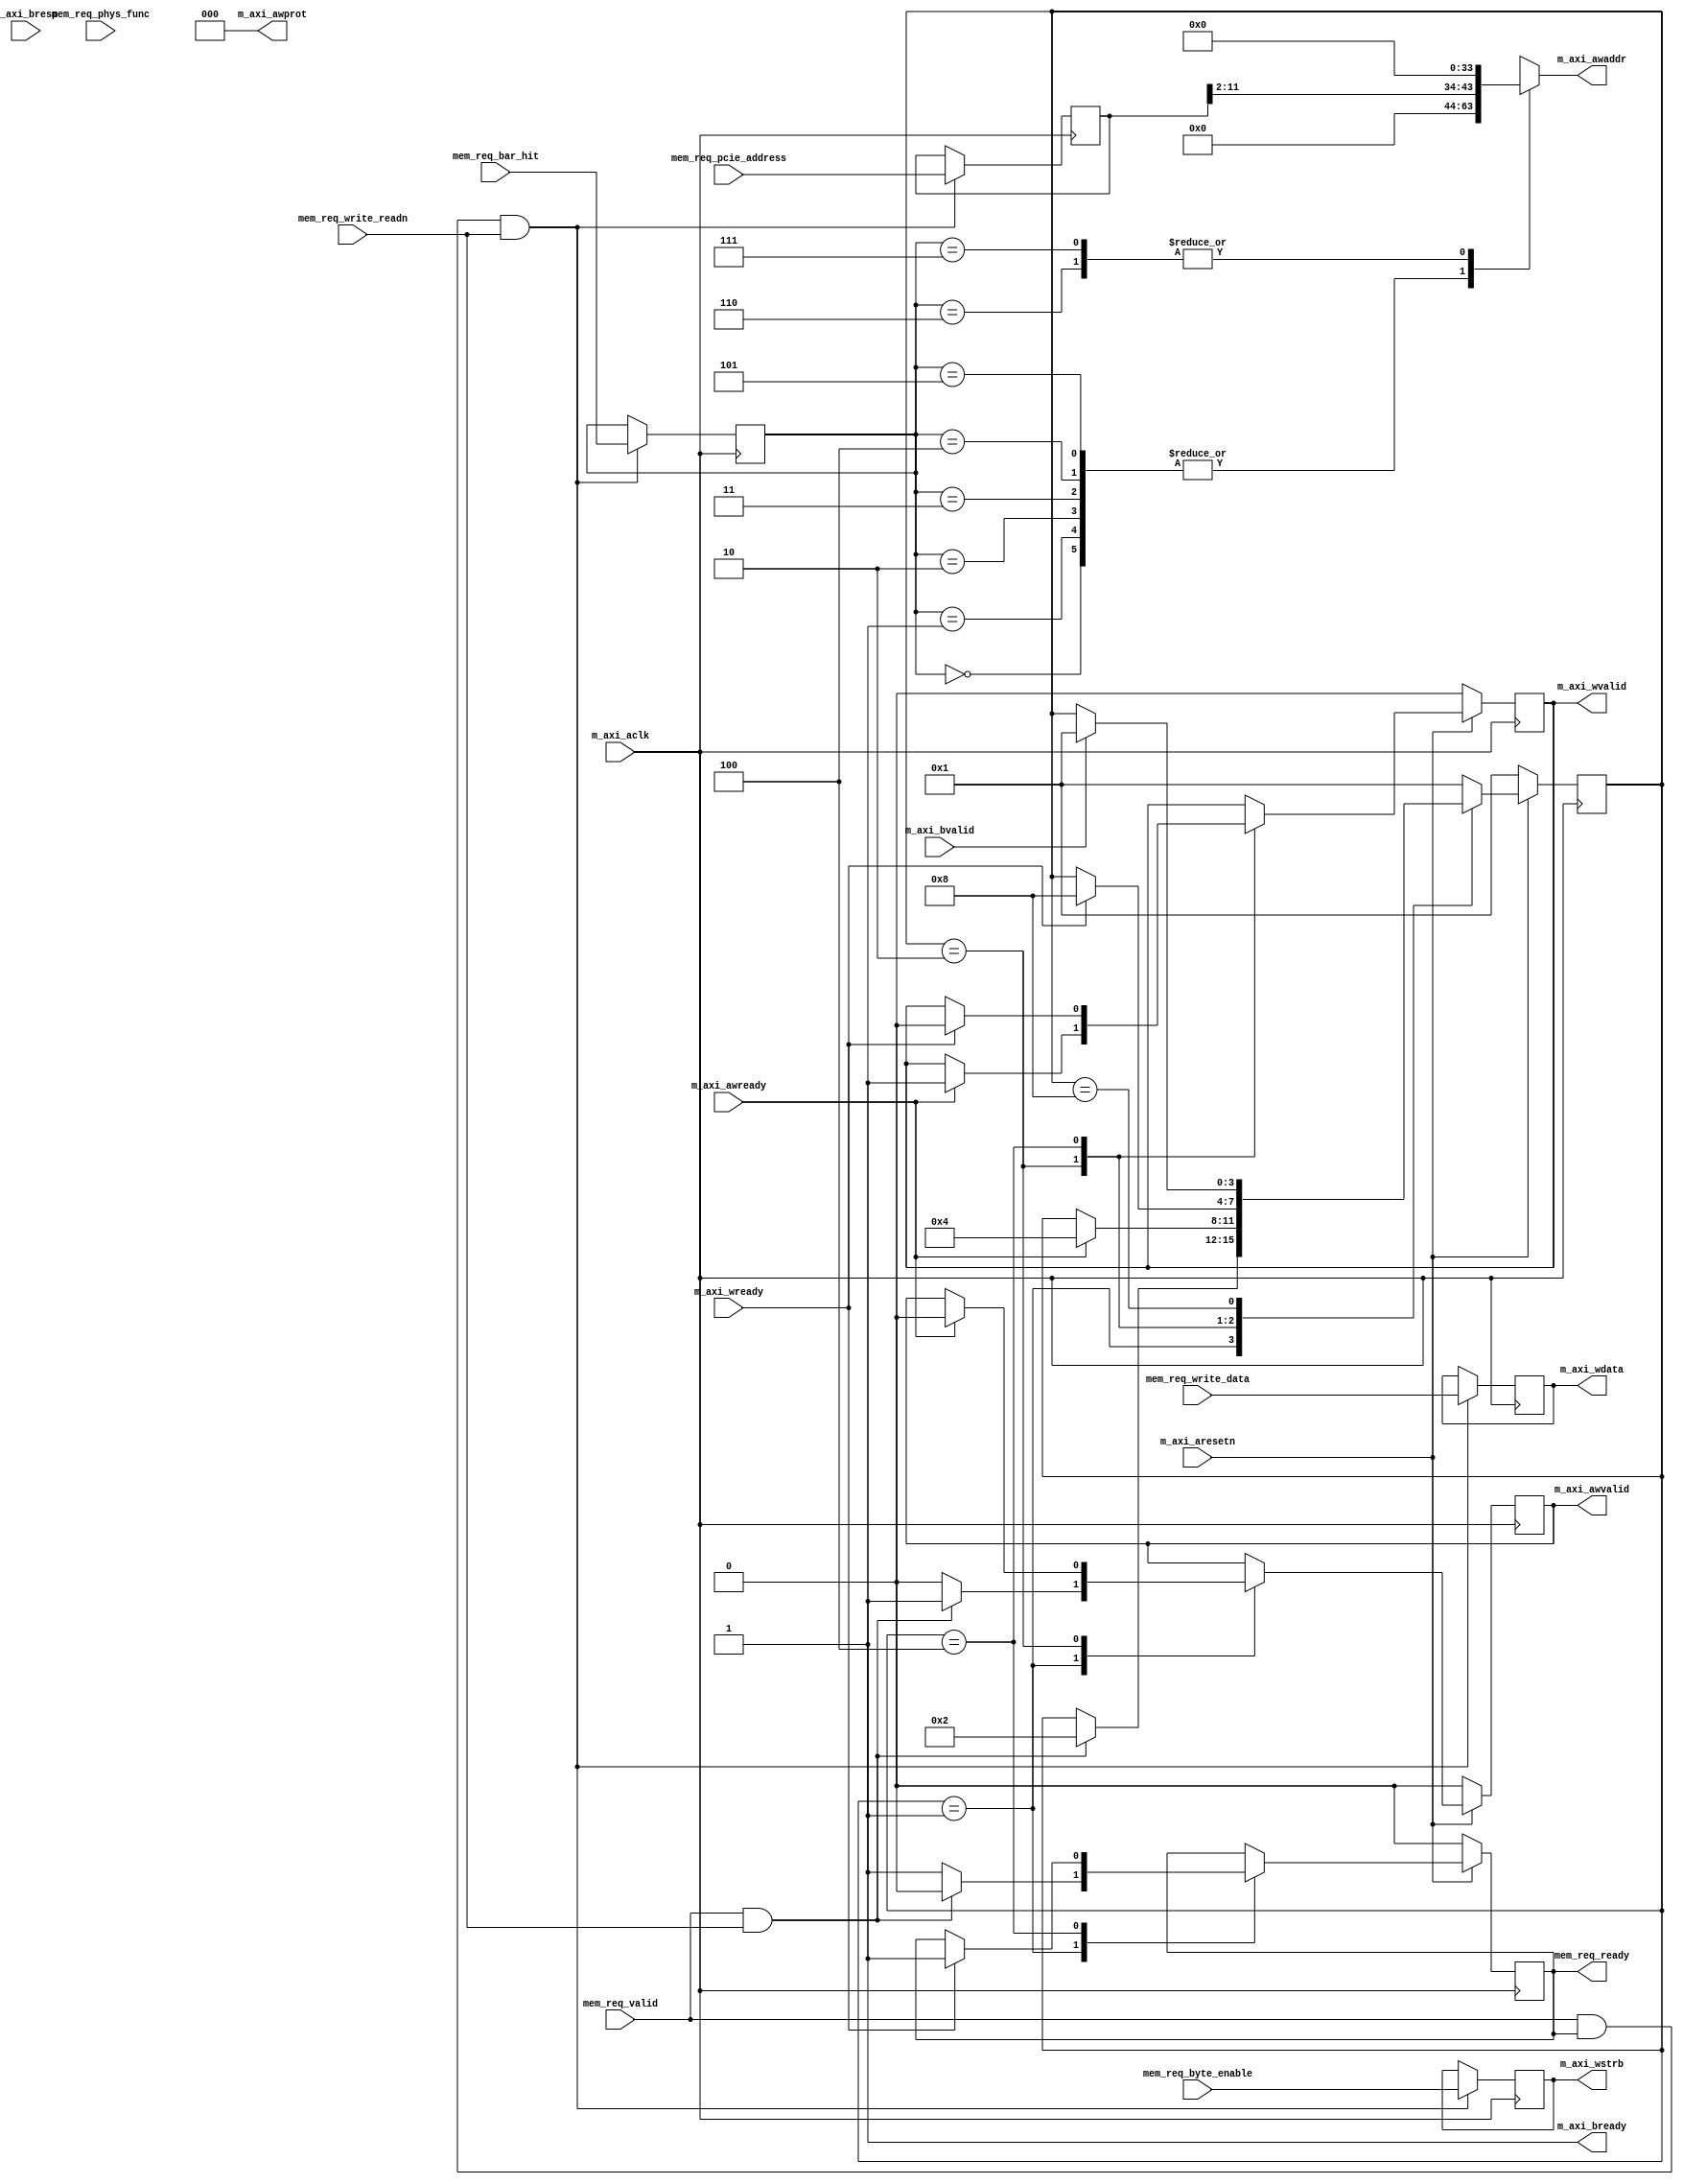
`timescale 1ns / 1ps
//////////////////////////////////////////////////////////////////////////////////
// Company: 
// Engineer: 
// 
// Design Name: 
// Module Name: axi_write_controller
// Project Name: 
// Target Devices: 
// Tool Versions: 
// Description: 
// 
// Dependencies: 
// 
// Revision:
// Revision 0.01 - File Created
// Additional Comments:
// 
//////////////////////////////////////////////////////////////////////////////////


module axi_write_controller# (
  parameter TCQ                        = 1, 
  parameter M_AXI_TDATA_WIDTH          = 32,
  parameter M_AXI_ADDR_WIDTH           = 32,
  parameter M_AXI_IDWIDTH              = 5,
  parameter  BAR0AXI                   = 64'h00000000,
  parameter  BAR1AXI                   = 64'h00000000,
  parameter  BAR2AXI                   = 64'h00000000,
  parameter  BAR3AXI                   = 64'h00000000,
  parameter  BAR4AXI                   = 64'h00000000,
  parameter  BAR5AXI                   = 64'h00000000, 
  parameter  BAR0SIZE                  = 12,
  parameter  BAR1SIZE                  = 12,
  parameter  BAR2SIZE                  = 12,
  parameter  BAR3SIZE                  = 12,
  parameter  BAR4SIZE                  = 12,
  parameter  BAR5SIZE                  = 12
 ) (

  input                                 m_axi_aclk,
  input                                 m_axi_aresetn,
 
  
  output [M_AXI_ADDR_WIDTH-1 : 0]       m_axi_awaddr,
  output [2 : 0]                        m_axi_awprot,
  output                                m_axi_awvalid,
  input                                 m_axi_awready,
    
  output [M_AXI_TDATA_WIDTH-1 : 0]      m_axi_wdata,
  output [M_AXI_TDATA_WIDTH/8-1 : 0]    m_axi_wstrb,
  output                                m_axi_wvalid,
  input                                 m_axi_wready,
    
  input  [1 : 0]                        m_axi_bresp,
  input                                 m_axi_bvalid,
  output                                m_axi_bready,
  
  //Memory Request TLP Info
  input                                 mem_req_valid,
  output                                mem_req_ready,
  input [2:0]                           mem_req_bar_hit,
  input [31:0]                          mem_req_pcie_address,
  input [3:0]                           mem_req_byte_enable,
  input                                 mem_req_write_readn,
  input                                 mem_req_phys_func,
  input [31:0]                          mem_req_write_data
  
  );
  
  localparam IDLE       = 4'b0001;
  localparam WRITE_REQ  = 4'b0010;
  localparam WRITE_DATA = 4'b0100;
  localparam WAIT_ACK   = 4'b1000;
 
  reg [3:0] aximm_wr_sm = IDLE;
  
  reg                 mem_req_ready_r;
  reg                 m_axi_awvalid_r;
  reg                 m_axi_wvalid_r;
  reg [31:0]          m_axi_addr_c;
  
  reg [3:0]           mem_req_byte_enable_r;
  reg [2:0]           mem_req_bar_hit_r;
  reg [31:0]          mem_req_pcie_address_r;
  reg [31:0]          mem_req_write_data_r;
  
 
  always @(posedge m_axi_aclk)
     if ( !m_axi_aresetn ) begin
        aximm_wr_sm     <= #TCQ IDLE;
        mem_req_ready_r <= #TCQ 1'b0;
        m_axi_awvalid_r <= #TCQ 1'b0;
        m_axi_wvalid_r  <= #TCQ 1'b0;
     end else
        case (aximm_wr_sm)
           IDLE : begin
              if ( mem_req_valid & mem_req_write_readn ) begin
                aximm_wr_sm     <= #TCQ WRITE_REQ;
                m_axi_awvalid_r <= #TCQ 1'b1;
                mem_req_ready_r <= #TCQ 1'b0;
              end else begin
                m_axi_awvalid_r <= #TCQ 1'b0;
                mem_req_ready_r <= #TCQ 1'b1;
              end
           end
           WRITE_REQ : begin
              if (m_axi_awready) begin
                aximm_wr_sm     <= #TCQ WRITE_DATA;
                m_axi_awvalid_r <= #TCQ 1'b0;
                m_axi_wvalid_r  <= #TCQ 1'b1;
              end 
           end
           WRITE_DATA : begin
              if (m_axi_wready) begin
//                aximm_wr_sm   <= #TCQ IDLE;
                aximm_wr_sm    <= #TCQ WAIT_ACK;
                m_axi_wvalid_r <= #TCQ 1'b0;
                mem_req_ready_r <= #TCQ 1'b1;
              end 
           end
	   WAIT_ACK : begin
	      if (m_axi_bvalid) begin
                aximm_wr_sm   <= #TCQ IDLE;
              end 
           end 
	      
           default : begin  // Fault Recovery
              aximm_wr_sm <= #TCQ IDLE;
           end   
        endcase  
        
  assign mem_req_ready = mem_req_ready_r;      
  
  assign m_axi_awaddr  = m_axi_addr_c;
  assign m_axi_awprot  = 0;
  assign m_axi_awvalid = m_axi_awvalid_r;
        
  assign m_axi_wdata  = mem_req_write_data_r;
  assign m_axi_wstrb  = mem_req_byte_enable_r;
  assign m_axi_wvalid = m_axi_wvalid_r;
        
  assign m_axi_bready = 1'b1; 
  
  always @(posedge m_axi_aclk) begin
    if ( mem_req_valid & mem_req_ready & mem_req_write_readn ) begin
      mem_req_byte_enable_r   <= mem_req_byte_enable;
      mem_req_bar_hit_r       <= mem_req_bar_hit;
      mem_req_pcie_address_r  <= mem_req_pcie_address;
      mem_req_write_data_r    <= mem_req_write_data;
    end
  end
  
  always @( mem_req_bar_hit_r, mem_req_pcie_address_r )    
     case ( mem_req_bar_hit_r )
        3'b000: m_axi_addr_c <= { BAR0AXI[M_AXI_ADDR_WIDTH-1:BAR0SIZE], mem_req_pcie_address_r[BAR0SIZE-1:2],2'b00};
        3'b001: m_axi_addr_c <= { BAR1AXI[M_AXI_ADDR_WIDTH-1:BAR1SIZE], mem_req_pcie_address_r[BAR1SIZE-1:2],2'b00};
        3'b010: m_axi_addr_c <= { BAR2AXI[M_AXI_ADDR_WIDTH-1:BAR2SIZE], mem_req_pcie_address_r[BAR2SIZE-1:2],2'b00};
        3'b011: m_axi_addr_c <= { BAR3AXI[M_AXI_ADDR_WIDTH-1:BAR3SIZE], mem_req_pcie_address_r[BAR3SIZE-1:2],2'b00};
        3'b100: m_axi_addr_c <= { BAR4AXI[M_AXI_ADDR_WIDTH-1:BAR4SIZE], mem_req_pcie_address_r[BAR4SIZE-1:2],2'b00};
        3'b101: m_axi_addr_c <= { BAR5AXI[M_AXI_ADDR_WIDTH-1:BAR5SIZE], mem_req_pcie_address_r[BAR5SIZE-1:2],2'b00};
        3'b110: m_axi_addr_c <= 32'd0;
        3'b111: m_axi_addr_c <= 32'd0;
     endcase  
  
  
endmodule